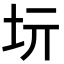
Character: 𡉨